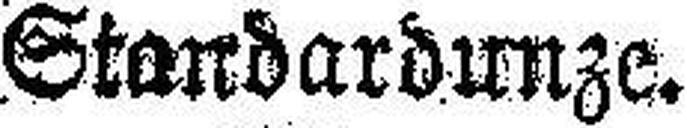
Standardunze.